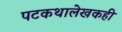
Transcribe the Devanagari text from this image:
पटकथालेखकही